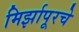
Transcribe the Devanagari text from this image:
मिर्झापूरचे